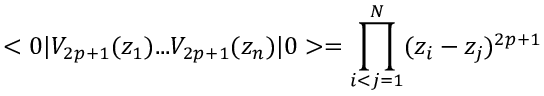
< 0 | V _ { 2 p + 1 } ( z _ { 1 } ) . . . V _ { 2 p + 1 } ( z _ { n } ) | 0 > = \prod _ { i < j = 1 } ^ { N } ( z _ { i } - z _ { j } ) ^ { 2 p + 1 }